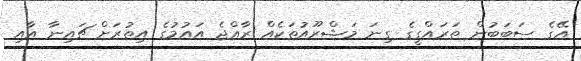
އޭގެ ސަބަބުން ތަރައްގީގެ ގިނަ މަޝްރޫއުތަކެއް ރާއްޖެ އައުމުގެ އިތުރަށް ޗައިނާ އާއި